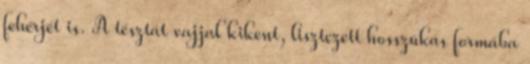
fehérjét is. A tésztát vajjal kikent, lisztezett hosszúkás formába